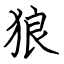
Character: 狼